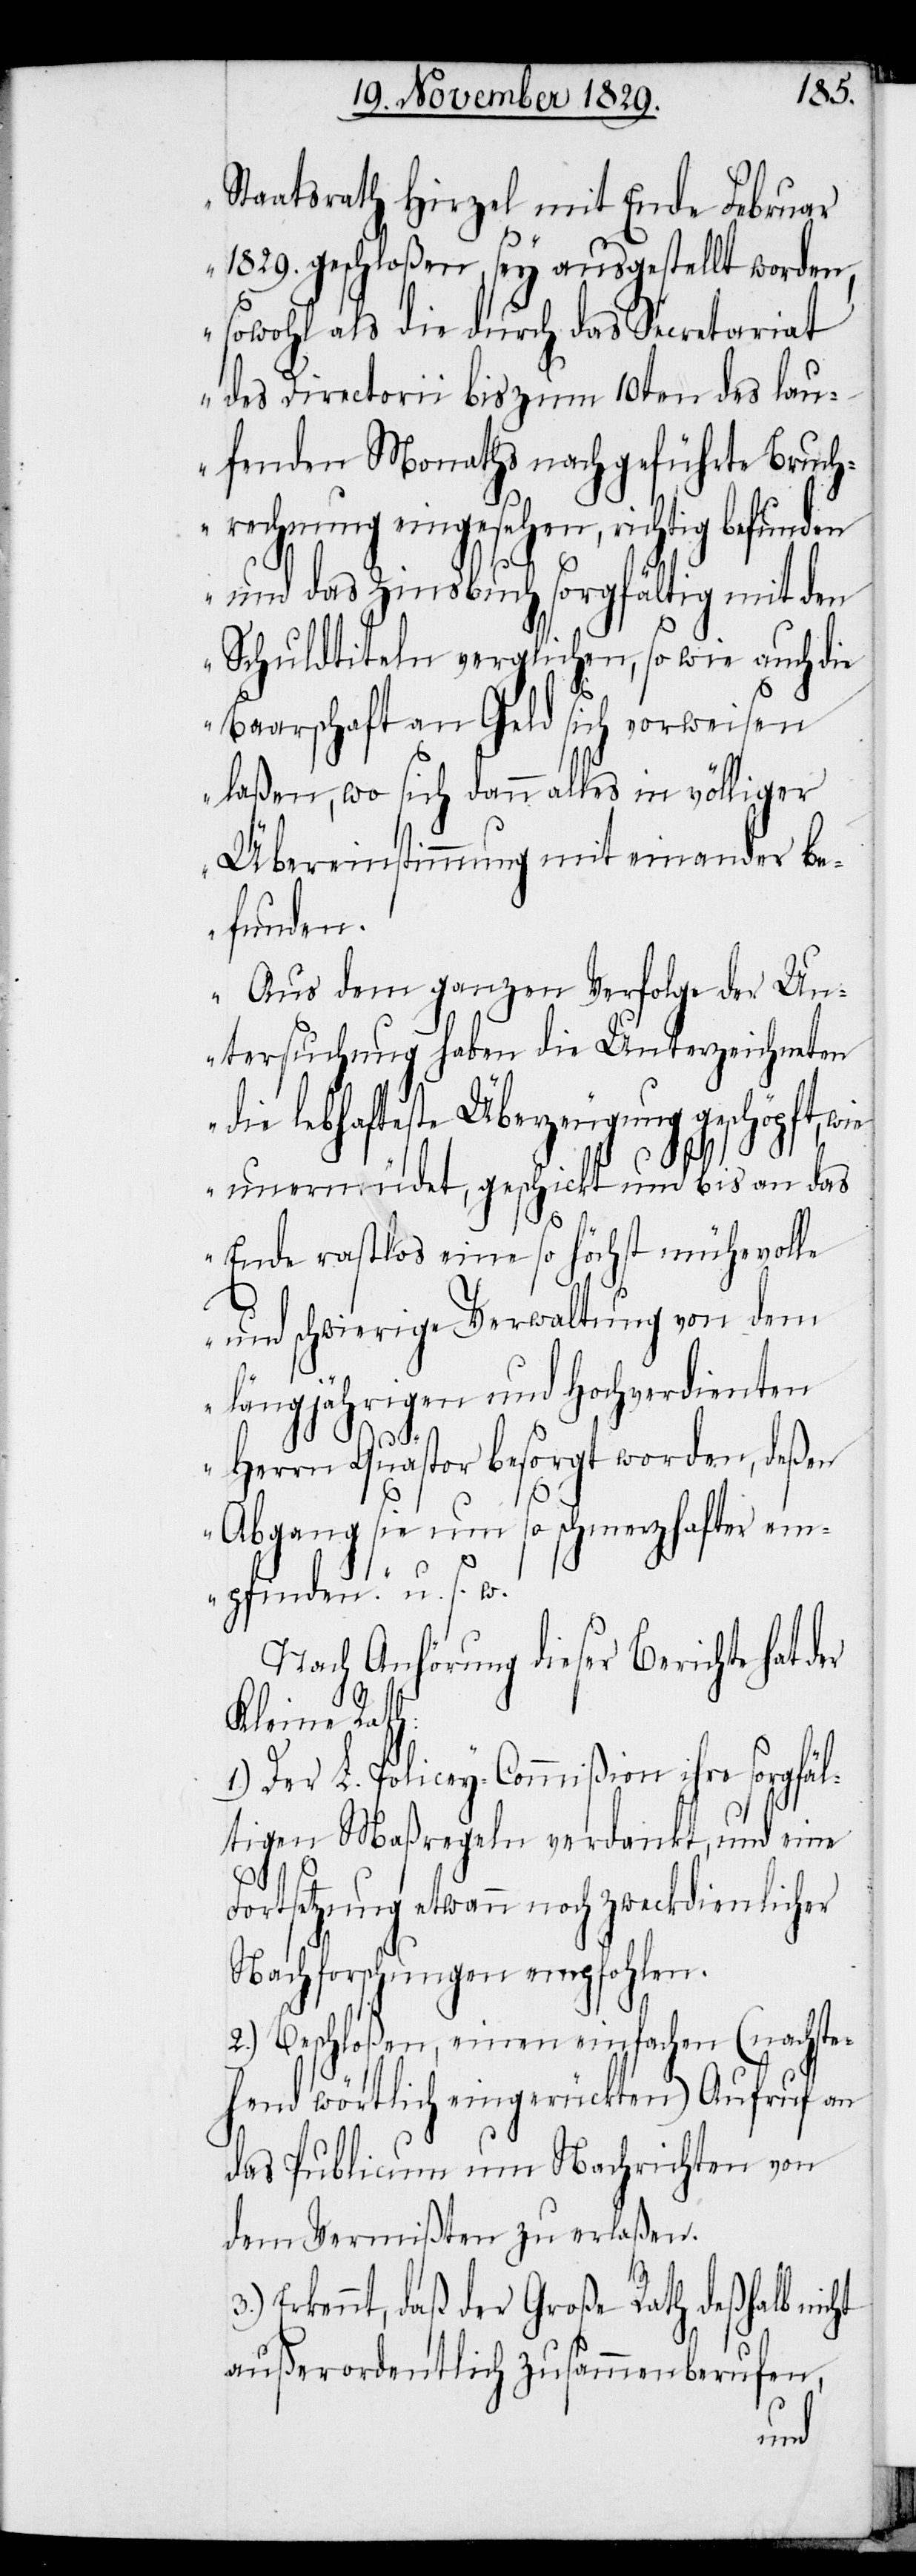
Staatsrath Hirzel mit Ende Februar
1829. geschloßen, sey ausgestellt worden,
sowohl als die durch das Secretariat
des Directorii bis zum 10ten des lau¬
fenden Monaths nachgeführte Bruch¬
rechnung eingesehen, richtig befunden
und das Zinsbuch sorgfältig mit den
Schuldtiteln verglichen, so wie auch die
Baarschaft an Geld sich vorweisen
laßen, wo sich dann alles in völliger
Übereinstimmung mit einander be¬
funden.
Aus dem ganzen Verfolge der Un¬
tersuchung haben die Unterzeichneten
die lebhafteste Überzeugung geschöpft, wie
er
unermüdet, geschickt und bis an das
Ende rastlos eine so höchst mühevolle
und schwierige Verwaltung von dem
längjährigen [sic!] hochverdienten
Herrn Quästor besorgt worden, deßen
Abgang sie um so schmerzhafter em¬
pfunden.“ u. s. w.
Nach Anhörung dieser Berichte hat d¬
Kleine Rath:
1.) Der L. Polizey-Commißion ihre sorgfäl¬
tigen Maßregeln verdankt, und eine
Fortsetzung etwann noch zweckdienlicher
Nachforschungen empfohlen.
2.) Beschloßen, einen einfachen (nachste¬
hend wörtlich eingerückten) Aufruf an
das Publicum um Nachrichten von
dem Vermißten zu erlaßen.
Erkennt, daß der Große Rath deßhalb nicht
außerordentlich zusammenberufen,